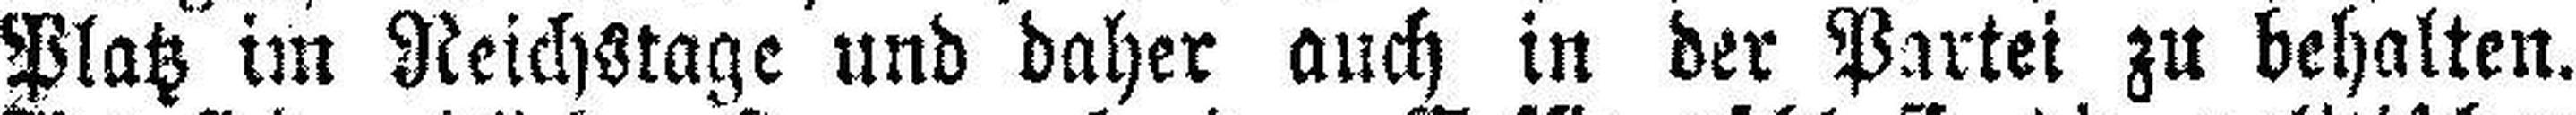
Platz im Reichstage und daher auch in der Partei zu behalten.